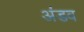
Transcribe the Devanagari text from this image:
अंडव